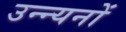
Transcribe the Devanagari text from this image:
उन्न्यनों